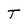
Character: T